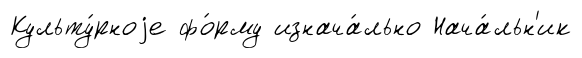
Культу́рноjе фо́рму изнача́льно Нача́льн'ик